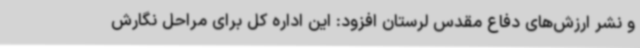
و نشر ارزش‌های دفاع مقدس لرستان افزود: این اداره کل برای مراحل نگارش